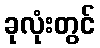
ခုလုံးတွင်